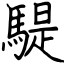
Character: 騠